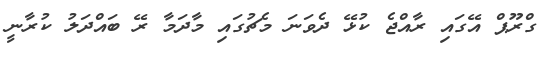
ގްރޫޕް އޭގައި ރާއްޖެ ކުޅޭ ދެވަނަ މެޗުގައި މާދަމާ ރޭ ބައްދަލު ކުރާނީ